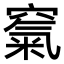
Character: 𥧔